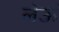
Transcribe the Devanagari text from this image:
लेऊं